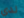
لدي